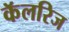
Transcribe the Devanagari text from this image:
कॅलरिज